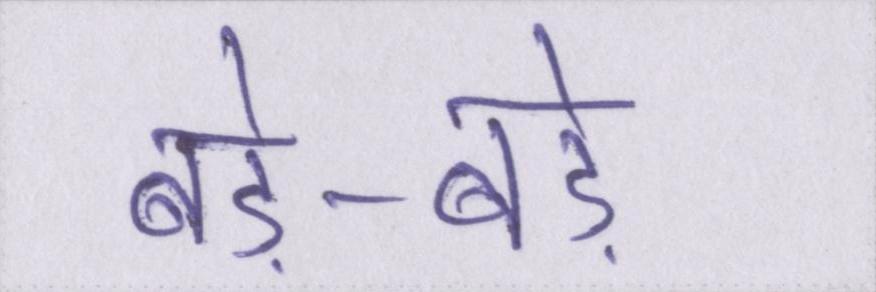
बड़े-बड़े